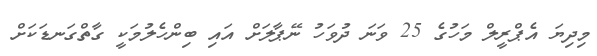
މިދިޔަ އެޕްރީލް މަހުގެ 25 ވަނަ ދުވަހު ނޭޕާލަށް އައި ބިންހެލުމަކީ ގާތްގަނޑަކަށް